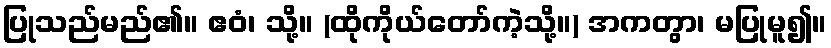
ပြုသည်မည်၏။ ဧဝံ၊ သို့။ (ထိုကိုယ်တော်ကဲ့သို့။) အကတွာ၊ မပြုမူ၍။